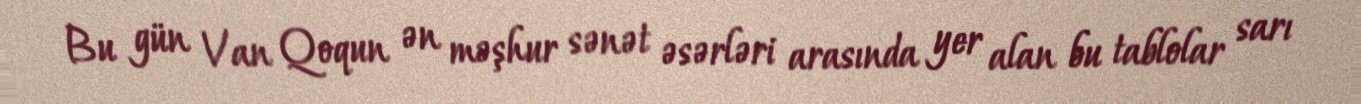
Bu gün Van Qoqun ən məşhur sənət əsərləri arasında yer alan bu tablolar sarı